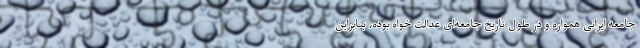
جامعه ایرانی همواره و در طول تاریخ جامعه‌ای عدالت خواه بوده، بنابراین